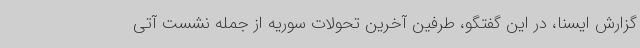
گزارش ایسنا، در این گفتگو، طرفین آخرین تحولات سوریه از جمله نشست آتی